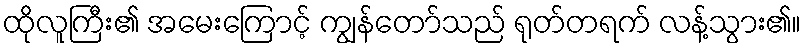
ထိုလူကြီး၏ အမေးကြောင့် ကျွန်တော်သည် ရုတ်တရက် လန့်သွား၏။